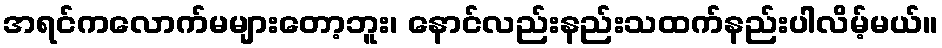
အရင်ကလောက်မများတော့ဘူး၊ နောင်လည်းနည်းသထက်နည်းပါလိမ့်မယ်။